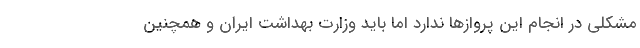
مشکلی در انجام این پروازها ندارد اما باید وزارت بهداشت ایران و همچنین